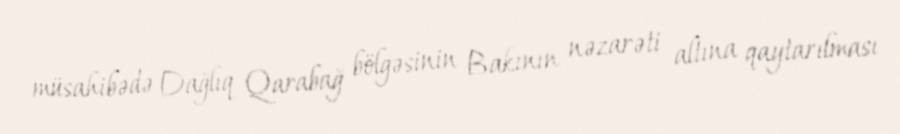
müsahibədə Dağlıq Qarabağ bölgəsinin Bakının nəzarəti altına qaytarılması